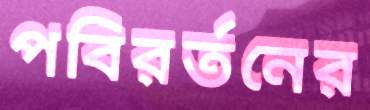
পবিরর্তনের